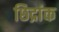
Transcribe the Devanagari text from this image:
छिद्रांक